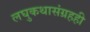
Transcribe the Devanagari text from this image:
लघुकथासंग्रहही